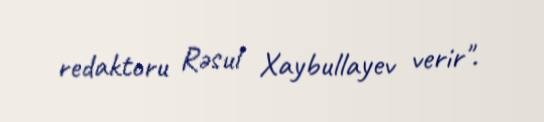
redaktoru Rəsul Xaybullayev verir".